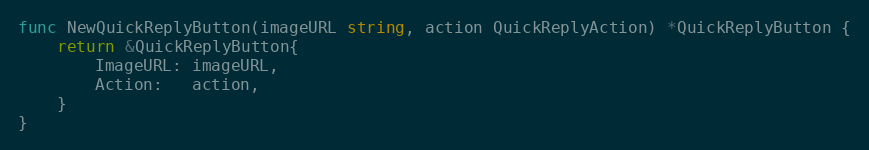
Language: Go
func NewQuickReplyButton(imageURL string, action QuickReplyAction) *QuickReplyButton {
	return &QuickReplyButton{
		ImageURL: imageURL,
		Action:   action,
	}
}